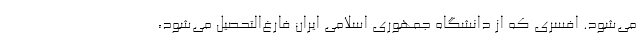
می‌شود. افسری که از دانشگاه جمهوری اسلامی ایران فارغ‌التحصیل می‌شود،